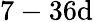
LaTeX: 7-36\mathrm{d}